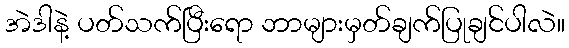
အဲဒါနဲ့ ပတ်သက်ပြီးရော ဘာများမှတ်ချက်ပြုချင်ပါလဲ။